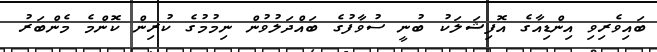
ބައިވެރިވި އިންޑިއާގެ އޮފިޝަލަކު ބުނީ ސުވާފުގެ ބައްދަލުވުން ނިމުމުގެ ކުރިން ކޮންމެ މެންބަރު